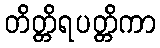
တိတ္တိရပတ္တိကာ